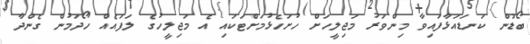
ބޯޑުން ކަނޑައަޅާފައިވާ މިންވަރު މަޖިލީހަށް ހުށަހެޅުމަށްޓަކައި އެ މަޖިލީހުގެ ލަފައެއް ހޯދަމުން ގެންދާ